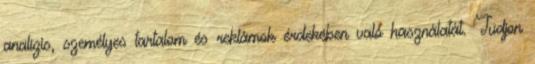
analízis, személyes tartalom és reklámok érdekében való használatát. Tudjon